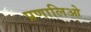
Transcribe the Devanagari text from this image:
प्रणालिओ